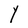
Character: Y